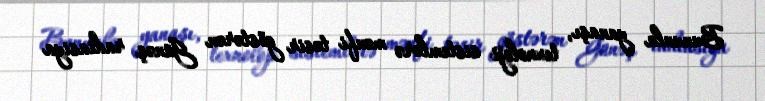
Bununla yanaşı, texnoloji sistemlərə mənfi təsir göstərən Günəş radiasiya